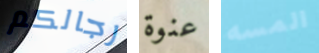
رجالكم عنوة المسه